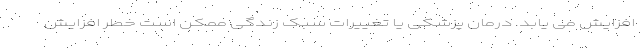
افزایش می یابد. درمان پزشکی یا تغییرات سبک زندگی ممکن است خطر افزایش